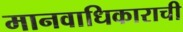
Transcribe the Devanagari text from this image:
मानवाधिकाराची